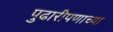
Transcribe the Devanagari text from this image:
पुढारीपणाच्या